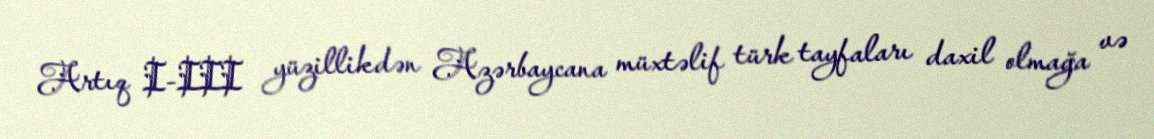
Artıq I-III yüzillikdən Azərbaycana müxtəlif türk tayfaları daxil olmağa və